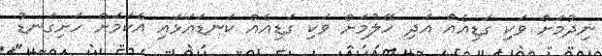
ނިދުމަށް ވަކި ގަޑިއެއް އަދި ހޭލުމަށް ވަކި ގަޑިއެއް ކަނޑައަޅައި އެކަމަށް ހަށިގަނޑު